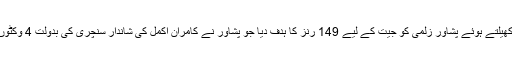
کوئٹہ گلیڈی ایٹرز نے پہلے کھیلتے ہوئے پشاور زلمی کو جیت کے لیے 149 رنز کا ہدف دیا جو پشاور نے کامران اکمل کی شاندار سنچری کی بدولت 4 وکٹوں کے نقصان پر حاصل کرلیا۔